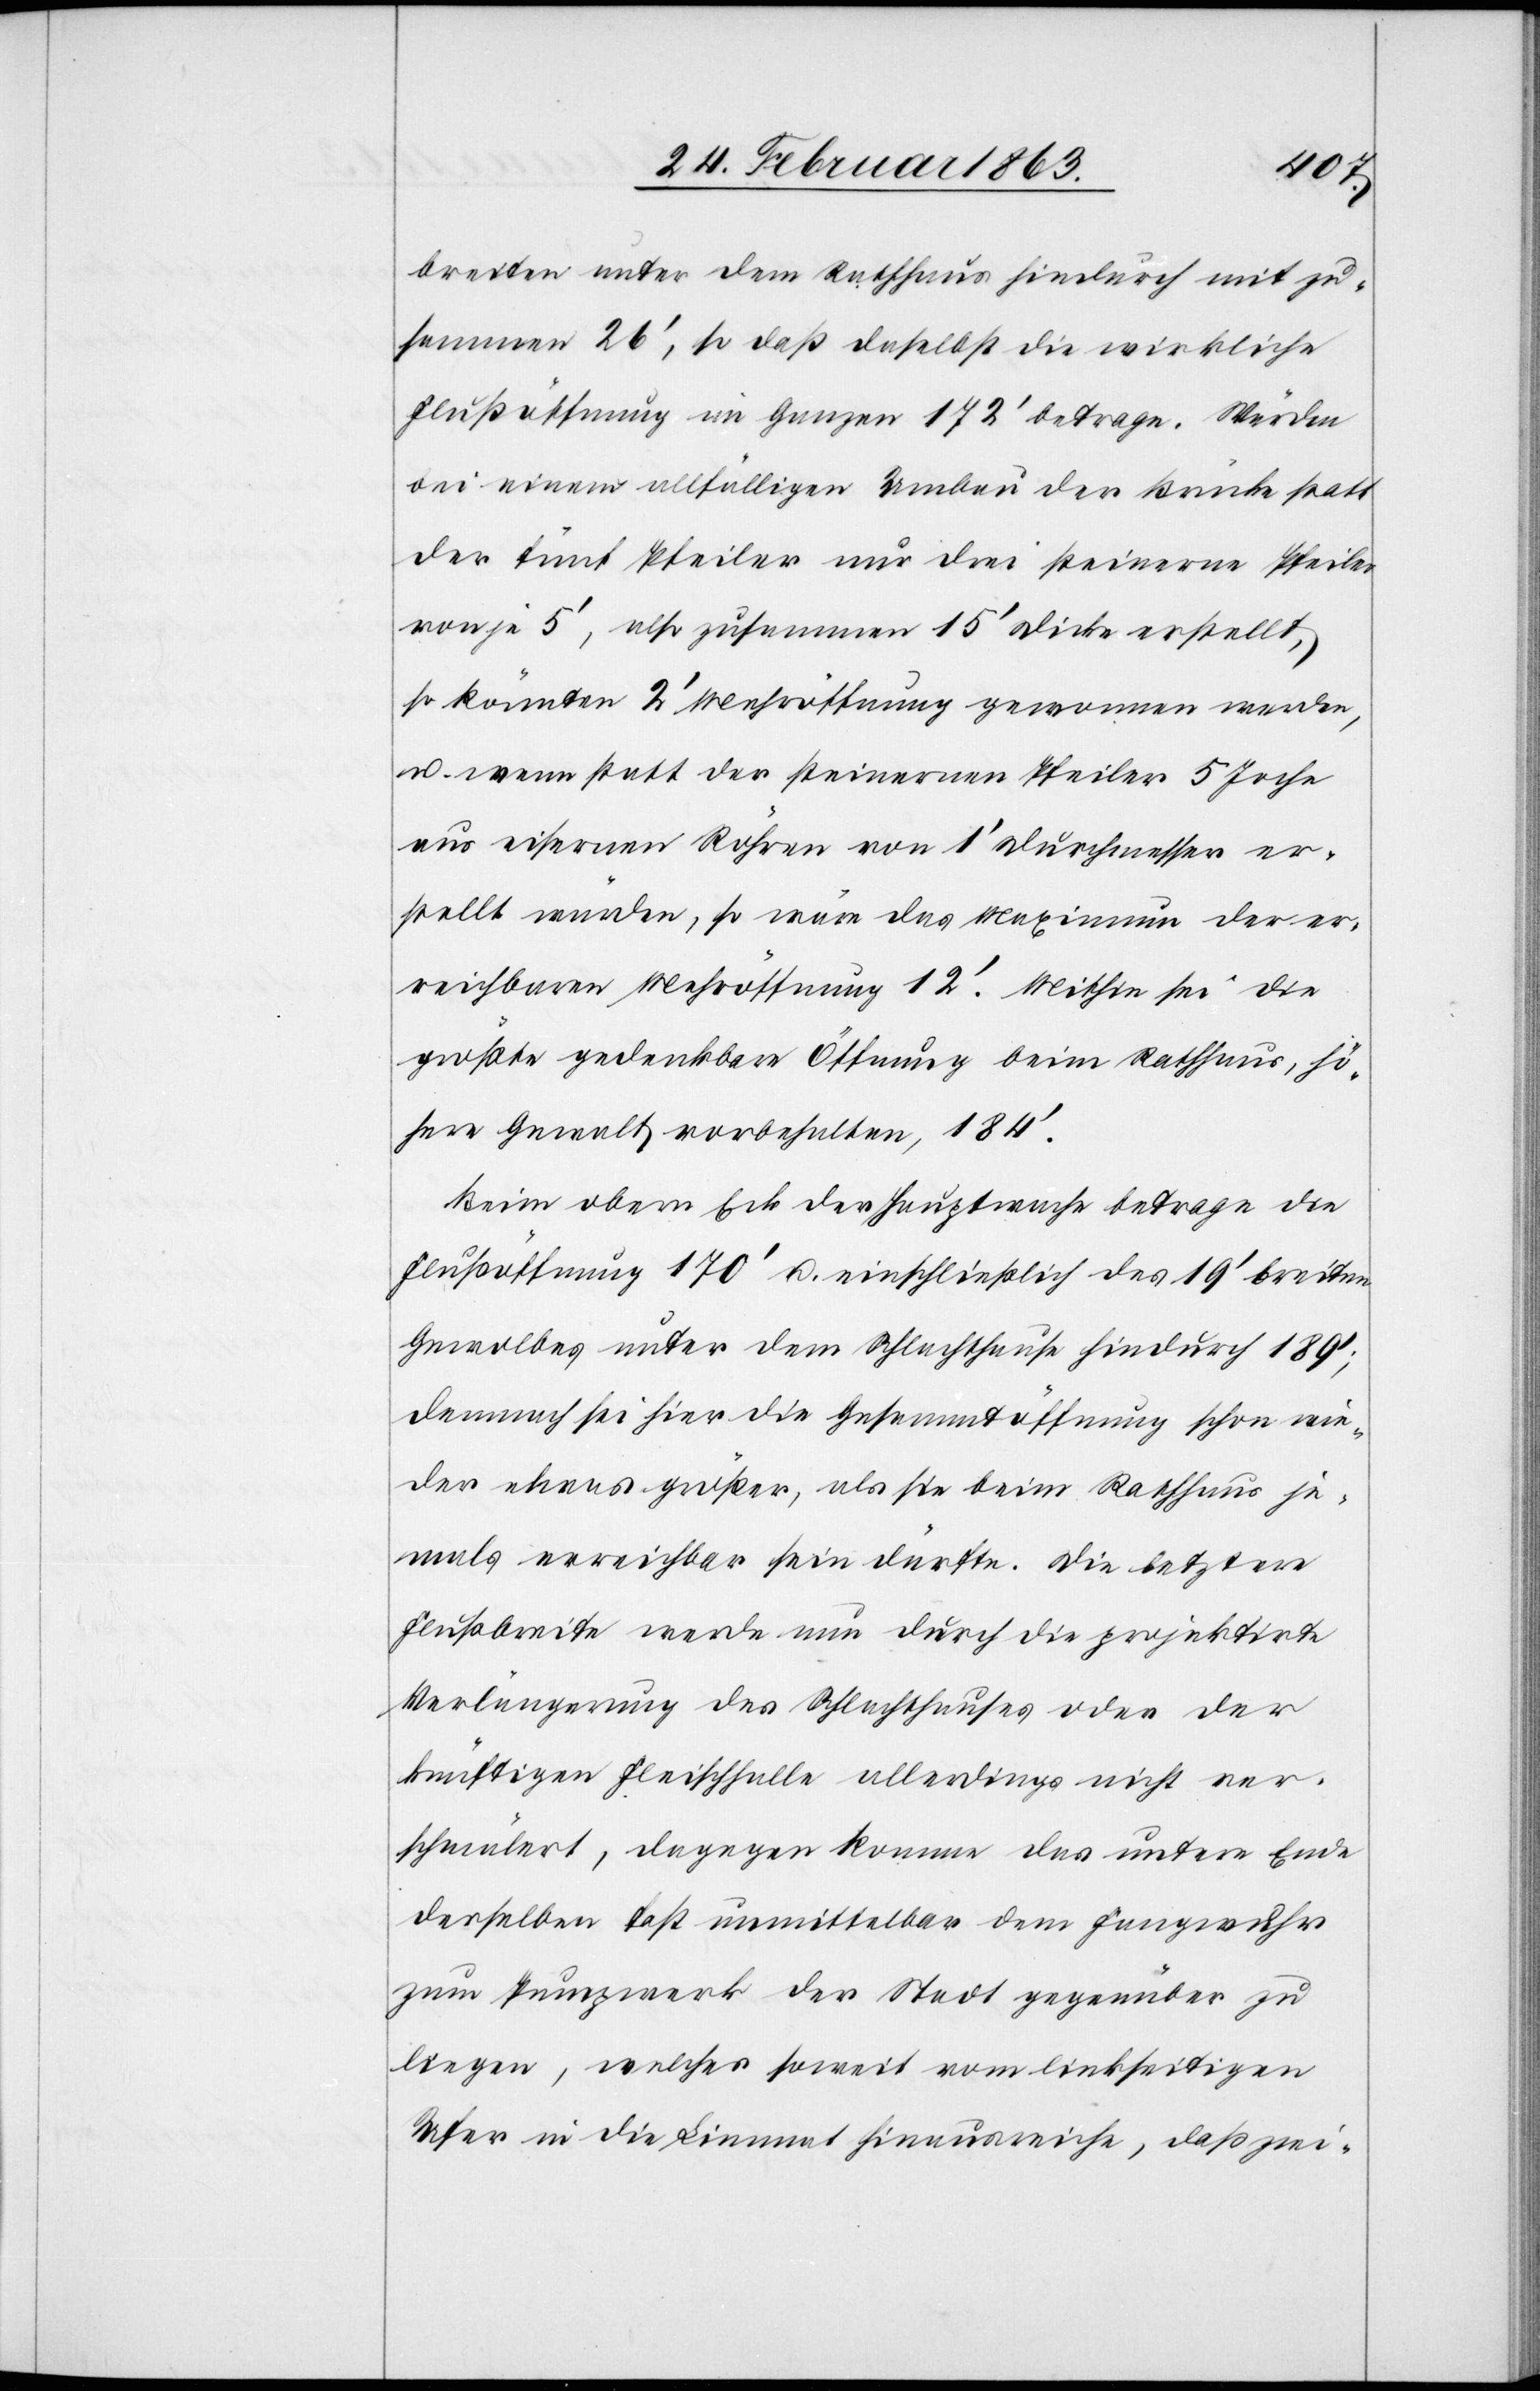
breiten unter dem Rathhaus hindurch mit zu¬
sammen 26', so daß daselbst die wirkliche
Flußöffnung im Ganzen 172' betrage. Würden
bei einem allfälligen Umbau der Brücke statt
der fünf Pfeiler nur drei steinerne Pfeiler
von je 5', also zusammen 15' Dicke erstellt,
so könnten 2' Mehröffnung gewonnen werden,
u. wenn statt der steinernen Pfeiler 5 Joche
aus eisernen Röhren von 1' Durchmesser er¬
stellt würden, so wäre das Maximum der er¬
reichbaren Mehröffnung 12'. Mithin sei die
größte gedenkbare Öffnung beim Rathhaus, hö¬
here Gewalt vorbehalten, 184'.
Beim obern Eck der Hauptwache betrage die
Flußöffnung 170' u. einschließlich des 19' breiten
Gewolbes [sic!] unter dem Schlachthause hindurch 189';
demnach sei hier die Gesammtöffnung schon wie¬
der etwas größer, als sie beim Rathhaus je¬
mals erreichbar sein dürfte. Die letztere
Flußbreite werde nun durch die projektirte
Verlängerung des Schlachthauses oder der
künftigen Fleischhalle allerdings nicht ver¬
schmälert, dagegen komme das untere Ende
derselben fast unmittelbar dem Fangwuhr
zum Pumpwerk der Stadt gegenüber zu
liegen, welches soweit vom linksseitigen
Ufer in die Limmat hinausreiche, das zwi-